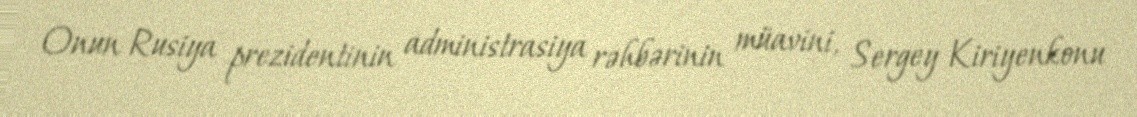
Onun Rusiya prezidentinin administrasiya rəhbərinin müavini, Sergey Kiriyenkonu